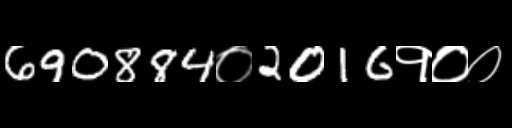
Text: 690884०2016१००